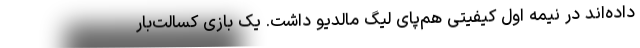
داده‌اند در نیمه اول کیفیتی هم‌پای لیگ مالدیو داشت. یک بازی کسالت‌بار